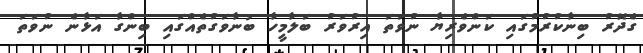
ގެދޮރު ބިނާކުރުމުގައި ކަންވެރިޔާ ނުވަތަ އިރުވަރު ބަލާމީހާ ބުނާވަގުތެއްގައި ބިންގާ އަޅާނެ ނުވަތަ